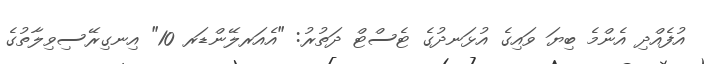
އުފެއްދި އެންމެ ބިޔަ ވައިގެ އުޅަނދުގެ ޓެސްޓް ދަތުރު: "އެއަރލޭންޑަރ 10" އިނގިރޭސިވިލާތުގެ